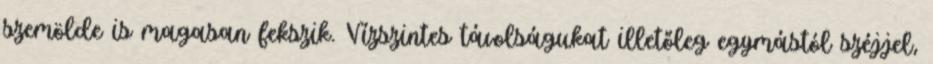
szemölde is magasan fekszik. Vízszintes távolságukat illetőleg egymástól széjjel,